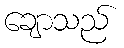
ချောသည်